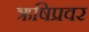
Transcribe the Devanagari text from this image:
ऋषिप्रवर